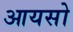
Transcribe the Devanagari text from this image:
आयसो